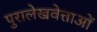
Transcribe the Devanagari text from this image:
पुरालेखवेत्ताओं